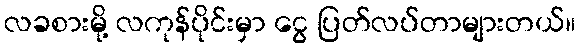
လခစားမို့ လကုန်ပိုင်းမှာ ငွေ ပြတ်လပ်တာများတယ်။